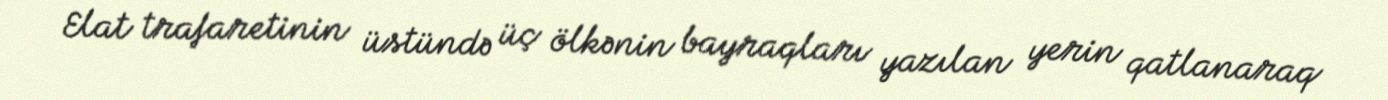
Elat trafaretinin üstündə üç ölkənin bayraqları yazılan yerin qatlanaraq